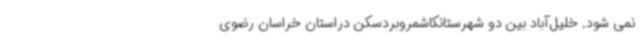
نمی شود. خلیل‌آباد بین دو شهرستانکاشمروبردسکن دراستان خراسان رضوی